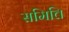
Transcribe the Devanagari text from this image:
समित्ति